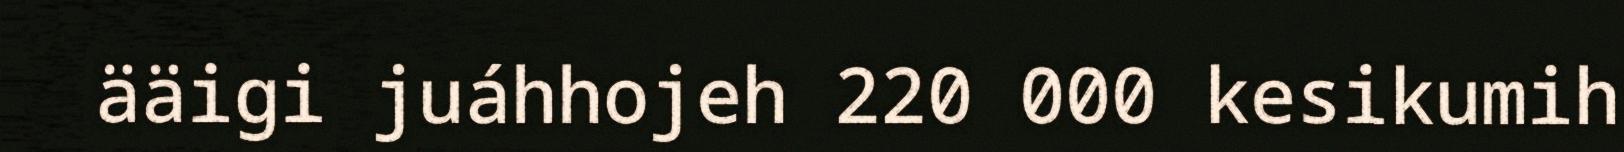
ääigi juáhhojeh 220 000 kesikumih